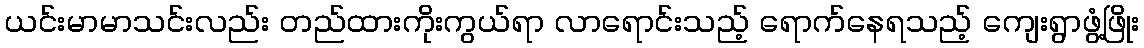
ယင်းမာမာသင်းလည်း တည်ထားကိုးကွယ်ရာ လာရောင်းသည့် ရောက်နေရသည့် ကျေးရွာဖွံ့ဖြိုး